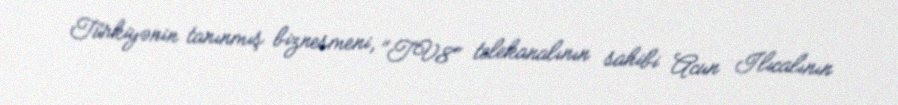
Türkiyənin tanınmış biznesmeni, "TV8" telekanalının sahibi Acun Ilıcalının